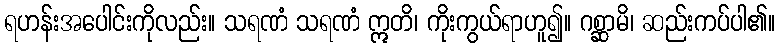
ရဟန်းအပေါင်းကိုလည်း။ သရဏံ သရဏံ ဣတိ၊ ကိုးကွယ်ရာဟူ၍။ ဂစ္ဆာမိ၊ ဆည်းကပ်ပါ၏။